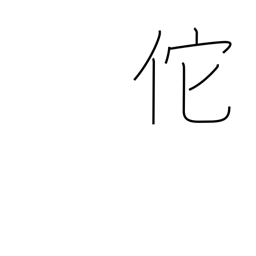
Meaning: proud